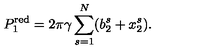
P _ { 1 } ^ { \mathrm { r e d } } = 2 \pi \gamma \sum _ { s = 1 } ^ { N } ( b _ { 2 } ^ { s } + x _ { 2 } ^ { s } ) .